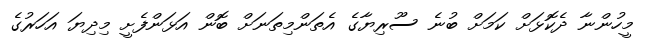
މީހުންނާ ދެކޮޅަށް ކަމަށް ބުނެ ސޫރިޔާގެ އެތަންމިތަނަށް ބޮން އަޅަންފެށީ މިދިޔަ އަހަރުގެ